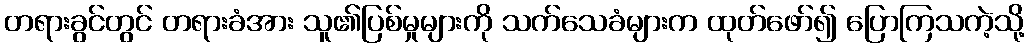
တရားခွင်တွင် တရားခံအား သူ၏ပြစ်မှုများကို သက်သေခံများက ထုတ်ဖော်၍ ပြောကြသကဲ့သို့